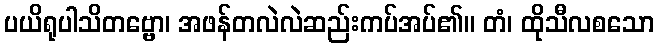
ပယိရုပါသိတဗ္ဗော၊ အဖန်တလဲလဲဆည်းကပ်အပ်၏။ တံ၊ ထိုသီလစသော